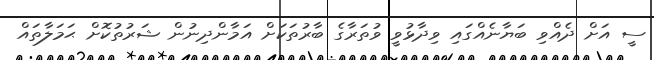
ސީ އަށް ދެއްވި ބަޔާނެއްގައި ވިދާޅުވީ ވުތަރާގެ ބާރުތަކަށް އަމާންދިނުން ޝަރުތުކޮށް ޙަމަލާތައް